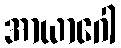
အာယာဂေါ